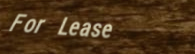
For Lease